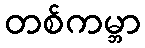
တစ်ကမ္ဘာ